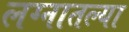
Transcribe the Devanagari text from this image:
लग्नातल्या